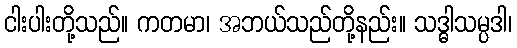
ငါးပါးတို့သည်။ ကတမာ၊ အဘယ်သည်တို့နည်း။ သဒ္ဓါသမ္ပဒါ၊